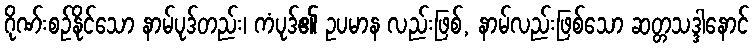
ဂိုဏ်းစဉ်နိုင်သော နာမ်ပုဒ်တည်း၊ ကံပုဒ်၏ ဥပမာန လည်းဖြစ်, နာမ်လည်းဖြစ်သော ဆတ္တသဒ္ဒါနောင်